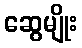
ဆွေမျိုး